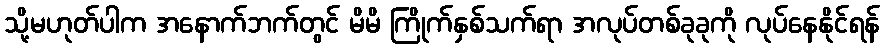
သို့မဟုတ်ပါက အနောက်ဘက်တွင် မိမိ ကြိုက်နှစ်သက်ရာ အလုပ်တစ်ခုခုကို လုပ်နေနိုင်ရန်